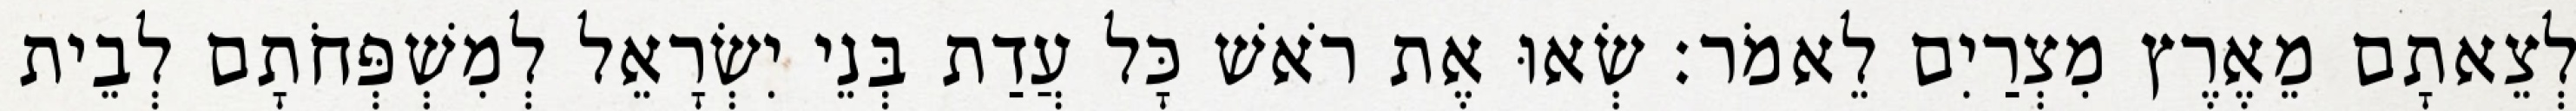
לְצֵאתָם מֵאֶרֶץ מִצְרַיִם לֵאמֹר׃ שְׂאוּ אֶת רֹאשׁ כָּל עֲדַת בְּנֵי יִשְׂרָאֵל לְמִשְׁפְּחֹתָם לְבֵית